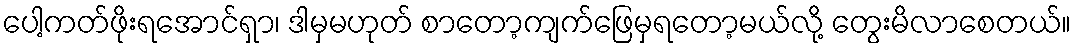
ပေါ့ကတ်ဖိုးရအောင်ရှာ၊ ဒါမှမဟုတ် စာတော့ကျက်ဖြေမှရတော့မယ်လို့ တွေးမိလာစေတယ်။